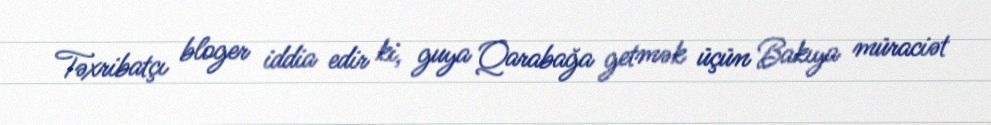
Təxribatçı bloger iddia edir ki, guya Qarabağa getmək üçün Bakıya müraciət